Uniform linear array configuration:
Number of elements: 12
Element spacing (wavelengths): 1
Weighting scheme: hamming
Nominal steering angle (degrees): -15
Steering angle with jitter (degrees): -14.08
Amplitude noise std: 0.05
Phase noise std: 0.05

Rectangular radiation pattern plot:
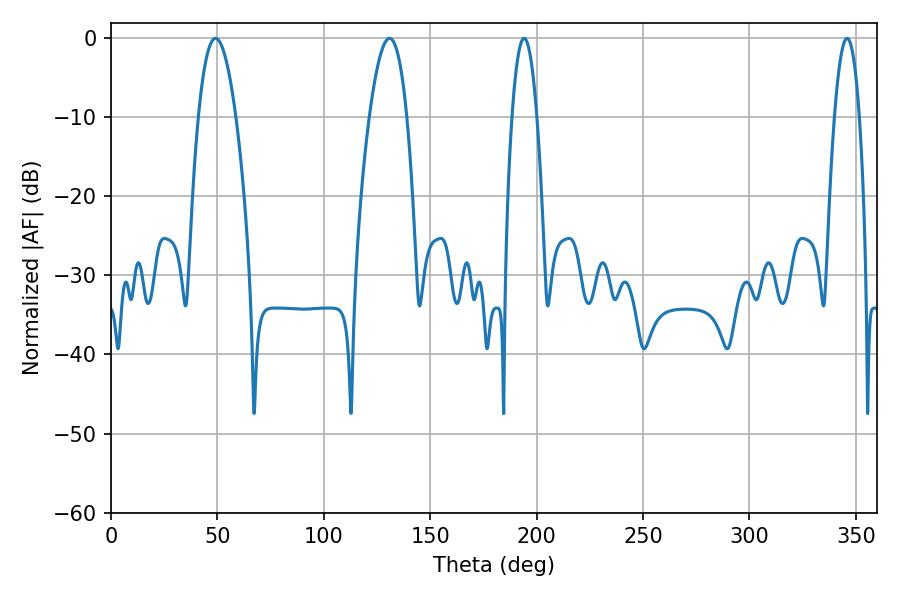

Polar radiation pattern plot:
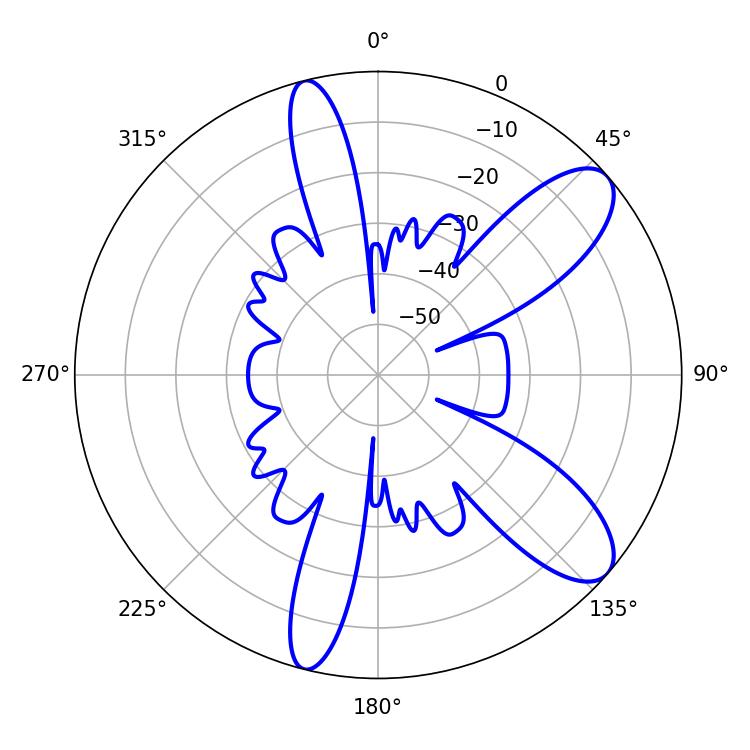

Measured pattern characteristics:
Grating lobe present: TRUE
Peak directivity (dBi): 9.668
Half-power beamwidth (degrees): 9.72
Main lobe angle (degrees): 49.14